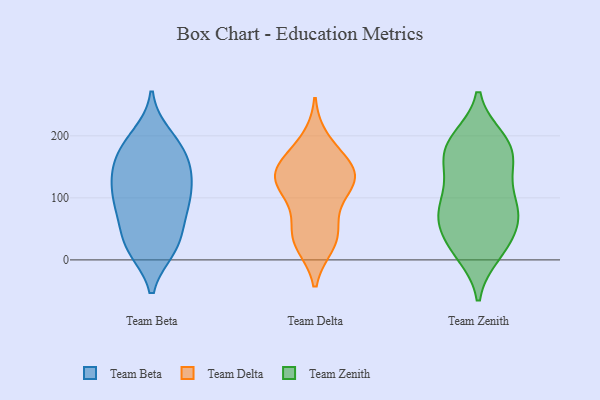
{"axis": {"x": "Temperature (°C)", "y": "Value"}, "legend": ["Team Beta", "Team Delta", "Team Zenith"], "data": [{"x": "", "y": 200, "type": "Team Beta"}, {"x": "", "y": 183, "type": "Team Beta"}, {"x": "", "y": 91, "type": "Team Beta"}, {"x": "", "y": 22, "type": "Team Beta"}, {"x": "", "y": 144, "type": "Team Beta"}, {"x": "", "y": 133, "type": "Team Beta"}, {"x": "", "y": 101, "type": "Team Beta"}, {"x": "", "y": 22, "type": "Team Beta"}, {"x": "", "y": 55, "type": "Team Beta"}, {"x": "", "y": 181, "type": "Team Beta"}, {"x": "", "y": 20, "type": "Team Beta"}, {"x": "", "y": 148, "type": "Team Beta"}, {"x": "", "y": 184, "type": "Team Beta"}, {"x": "", "y": 18, "type": "Team Beta"}, {"x": "", "y": 93, "type": "Team Beta"}, {"x": "", "y": 69, "type": "Team Beta"}, {"x": "", "y": 125, "type": "Team Beta"}, {"x": "", "y": 92, "type": "Team Beta"}, {"x": "", "y": 147, "type": "Team Beta"}, {"x": "", "y": 170, "type": "Team Delta"}, {"x": "", "y": 84, "type": "Team Delta"}, {"x": "", "y": 116, "type": "Team Delta"}, {"x": "", "y": 124, "type": "Team Delta"}, {"x": "", "y": 141, "type": "Team Delta"}, {"x": "", "y": 144, "type": "Team Delta"}, {"x": "", "y": 193, "type": "Team Delta"}, {"x": "", "y": 25, "type": "Team Delta"}, {"x": "", "y": 126, "type": "Team Delta"}, {"x": "", "y": 27, "type": "Team Delta"}, {"x": "", "y": 47, "type": "Team Delta"}, {"x": "", "y": 148, "type": "Team Delta"}, {"x": "", "y": 41, "type": "Team Delta"}, {"x": "", "y": 131, "type": "Team Delta"}, {"x": "", "y": 87, "type": "Team Zenith"}, {"x": "", "y": 19, "type": "Team Zenith"}, {"x": "", "y": 10, "type": "Team Zenith"}, {"x": "", "y": 70, "type": "Team Zenith"}, {"x": "", "y": 178, "type": "Team Zenith"}, {"x": "", "y": 190, "type": "Team Zenith"}, {"x": "", "y": 75, "type": "Team Zenith"}, {"x": "", "y": 125, "type": "Team Zenith"}, {"x": "", "y": 193, "type": "Team Zenith"}, {"x": "", "y": 16, "type": "Team Zenith"}, {"x": "", "y": 75, "type": "Team Zenith"}, {"x": "", "y": 72, "type": "Team Zenith"}, {"x": "", "y": 32, "type": "Team Zenith"}, {"x": "", "y": 113, "type": "Team Zenith"}, {"x": "", "y": 165, "type": "Team Zenith"}, {"x": "", "y": 162, "type": "Team Zenith"}, {"x": "", "y": 195, "type": "Team Zenith"}, {"x": "", "y": 61, "type": "Team Zenith"}, {"x": "", "y": 151, "type": "Team Zenith"}]}